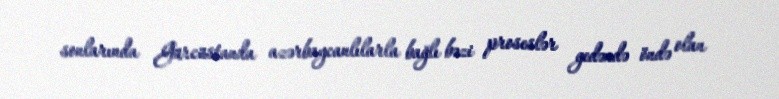
sonlarında Gürcüstanda azərbaycanlılarla bağlı bəzi proseslər gedəndə öndə olan